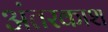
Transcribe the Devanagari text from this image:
अंतरकाश